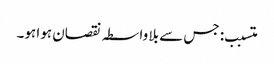
متسبب: جس سے بلا واسطہ نقصان ہوا ہو۔